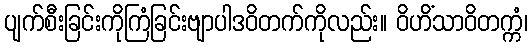
ပျက်စီးခြင်းကိုကြံခြင်းဗျာပါဒဝိတက်ကိုလည်း။ ဝိဟိံသာဝိတက္ကံ၊